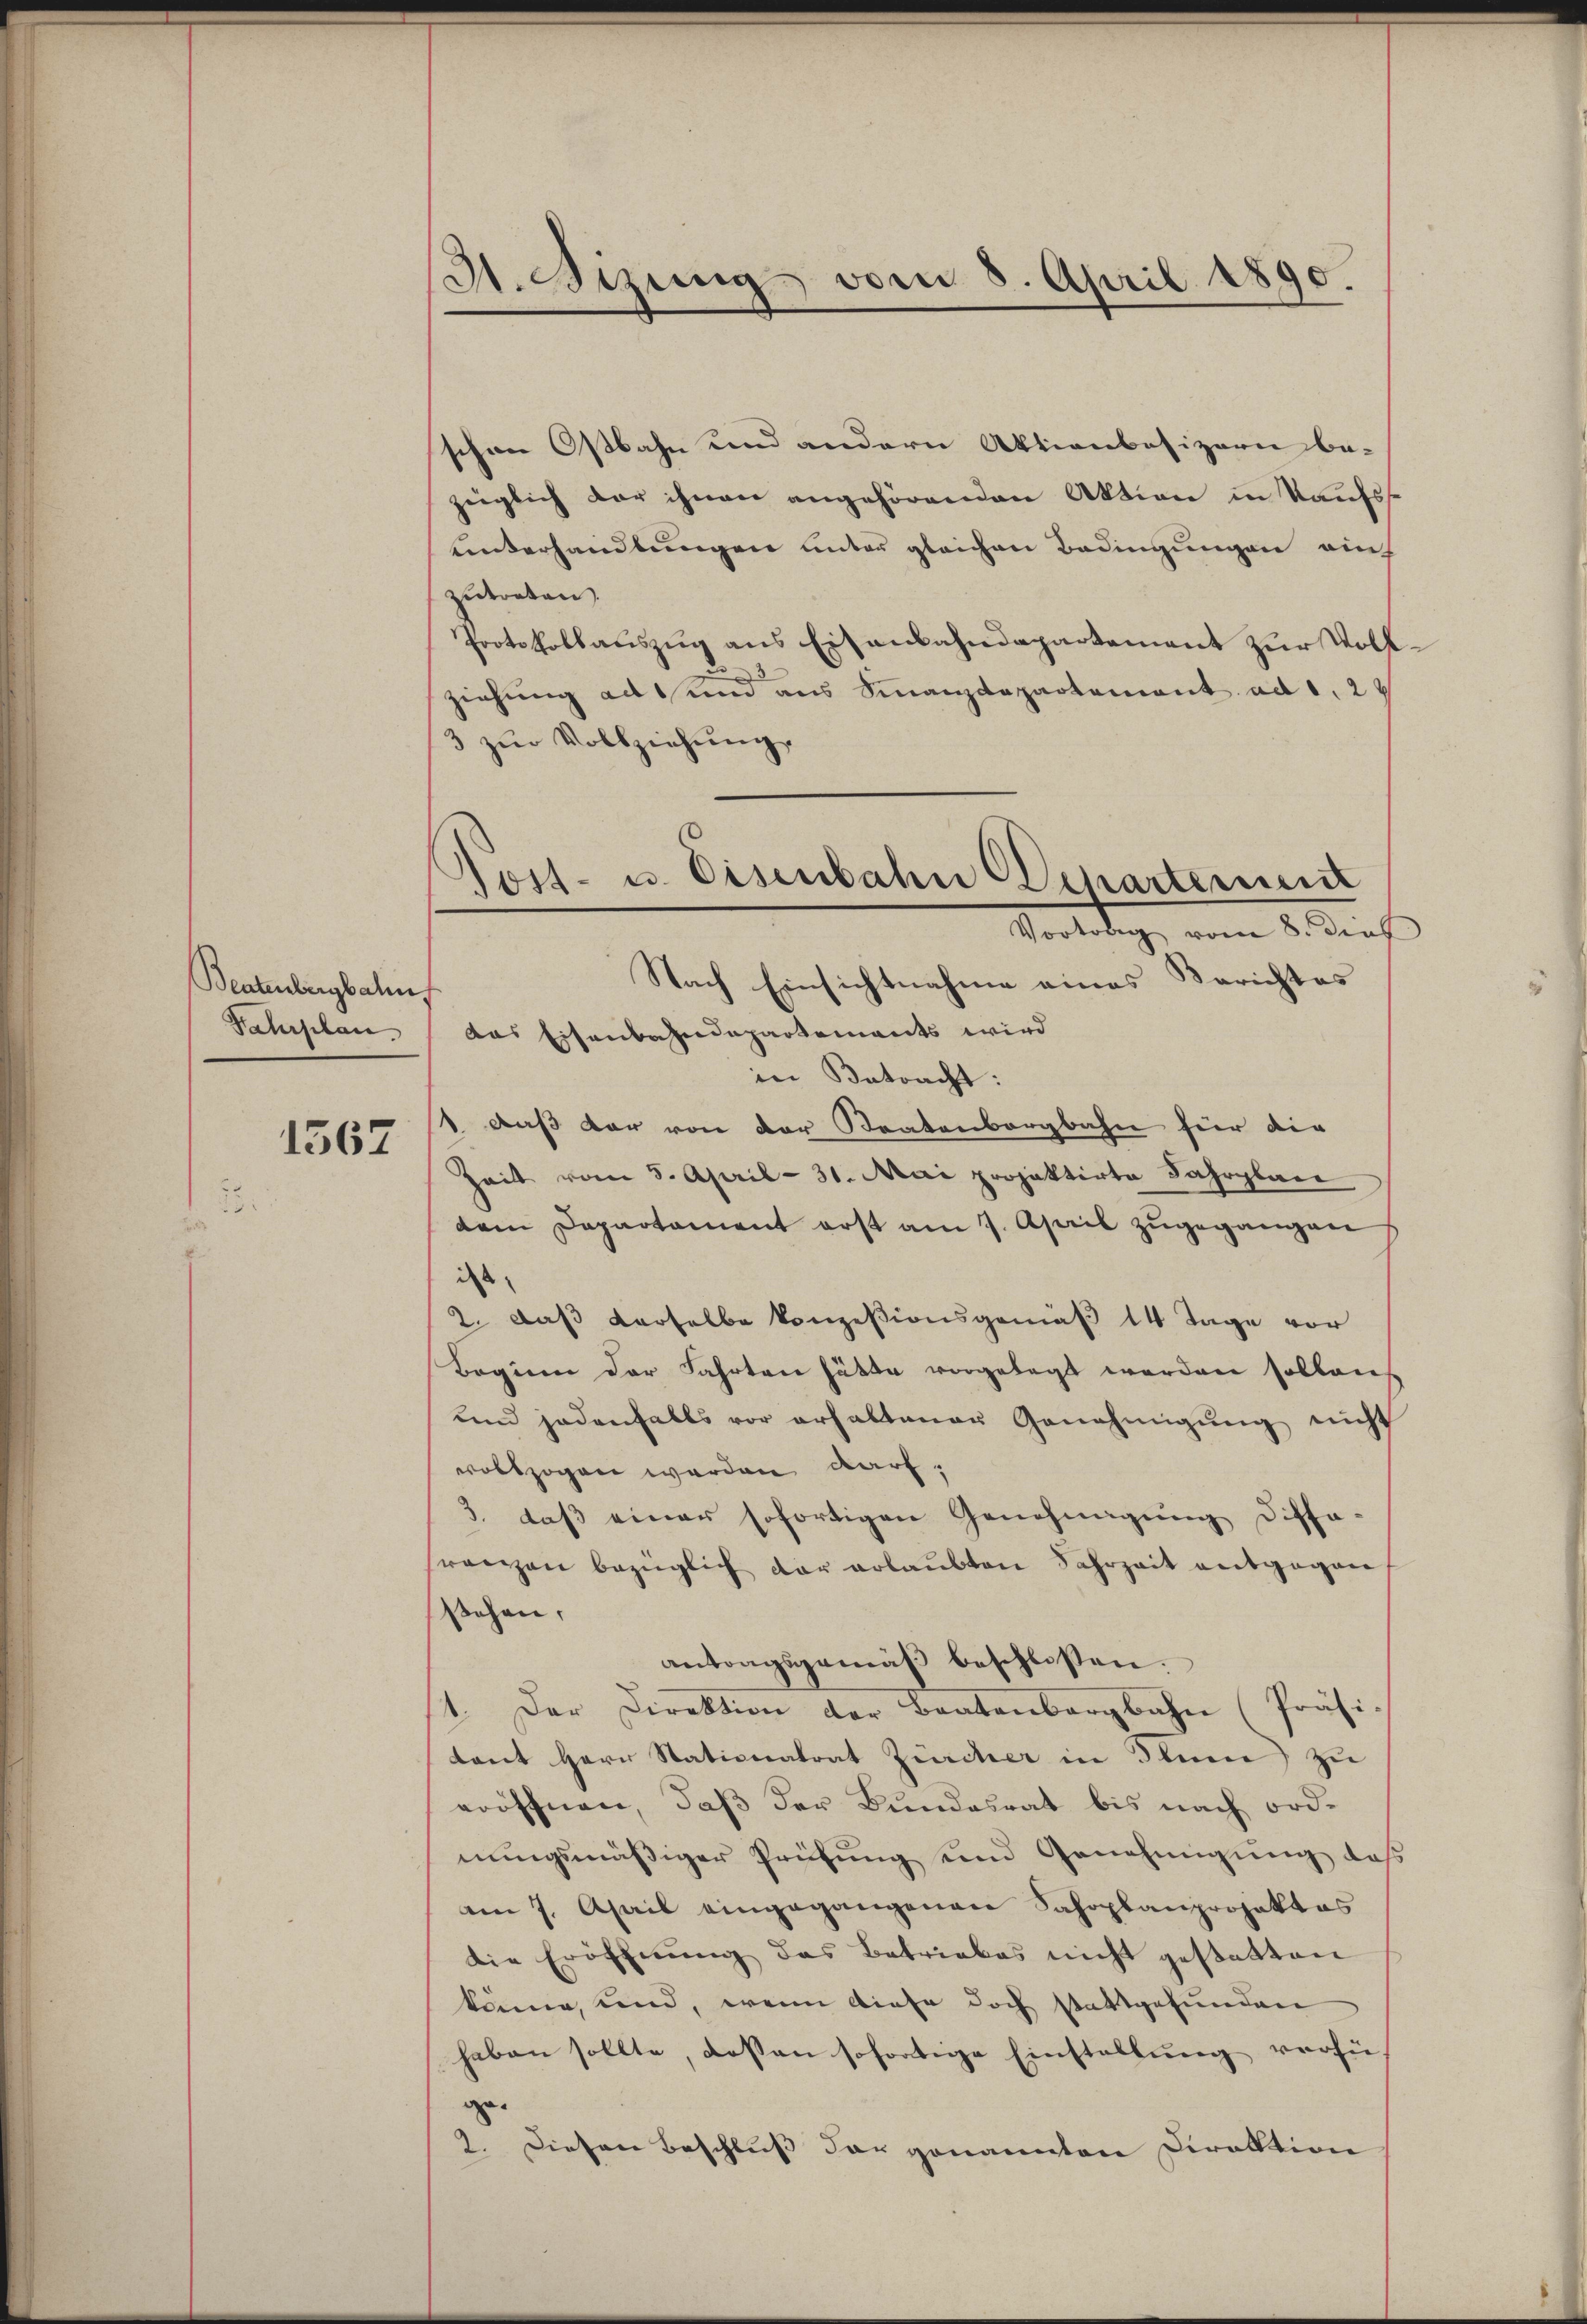
Beatenbergbahn
Sahrplan

1567

3. Sizung vom 8. April 1890.

Post- u. Eisenbahn Departement
Vortrag vom 8. dies
Nach Einsichtnahme eines Berichtes
das Eisenbahndepartements wird

schen Ostbahn und andern Aktienbesizern be-
zeiglich der ihnen angehörenden Aktion in Kaufsuinterhandlungen unter gleichen Bedingungen auch
zutreten
Protokollauszug aus Eisenbahndepartement zur Volk
ziehung ad und aus Finanzdepartement ad 1, 2
3 zŭr Vollziehung
in Betracht:
1 daß der von der Staatenbergbahn für die
Zeit vom 8. April - 31. Mai projektirte Fahrplane
dem Departament erst am 7. April zŭgegangen
iss
2. daß derselbe konzessionsgemäß 14 Tage vor
Beginn der Fahrten hätte vorgelegt werden sollen
und jedenfalls vor erhaltener Genehmigŭng nicht
vollzogen werden darf.
3. daß einer sofortigen Genehmigung dissa-
franzen bezüglich der erlaubten Jahrzeit entgegen
stehen,
antragsgemäβ beschlossen.
1. Der Direktion der Bratenbergbahn (Präsi-
tant Herr Stationatrat Zürcher in Sinne zu
eröffnen, daß der Bundesrat bis nach ordnungsmäßiger Prüfung und Genehmigung des
am 7. April eingegangenen Sahoplanprojektes
die Eröffnŭng des Betriebes nicht gestatten
könne, und, wenn diese doch stattgefunden
haben sollte, dessen sofortige Einstellung vorsi
ge¬
2. Diesen Beschluß der genannten Direktion